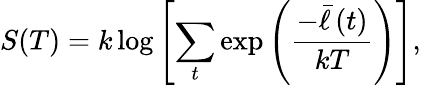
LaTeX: S(T)=k\log\left[\sum_{t}\exp\left(\frac{-\bar{\ell}\left(t\right)}{kT}\right)\right],